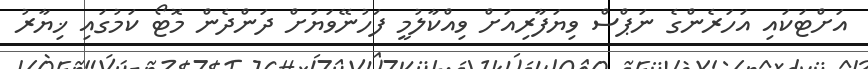
އަށްޓަކައި އަހަރެންގެ ނަޕްސް ވިޔަފާރިއަށް ވިއްކާލުމީ ފަހުނޭވަޔަށް ދަންދެން މޮޓޯ ކަމުގައި ޚިޔާރު